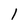
Character: 1